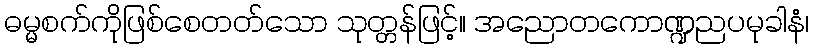
ဓမ္မစက်ကိုဖြစ်စေတတ်သော သုတ္တန်ဖြင့်။ အညောတကောဏ္ဍညပမုခါနံ၊